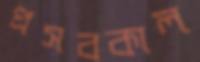
প্রসবকাল